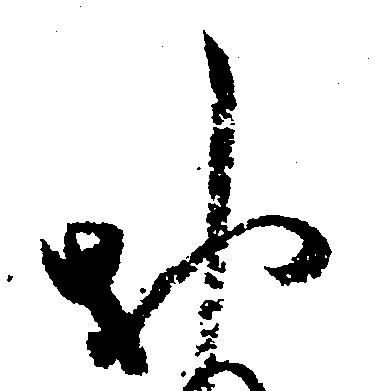
お